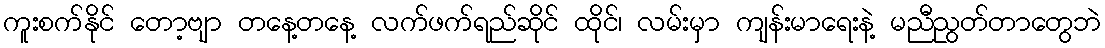
ကူးစက်နိုင် တော့ဗျာ တနေ့တနေ့ လက်ဖက်ရည်ဆိုင် ထိုင်၊ လမ်းမှာ ကျန်းမာရေးနဲ့ မညီညွတ်တာတွေဘဲ